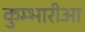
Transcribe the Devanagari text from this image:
कुम्भारीआ